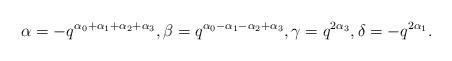
LaTeX: \begin{align*}\alpha=-q^{\alpha_0+\alpha_1+\alpha_2+\alpha_3},\beta=q^{\alpha_0-\alpha_1-\alpha_2+\alpha_3},\gamma=q^{2\alpha_3},\delta=-q^{2\alpha_1}. \end{align*}